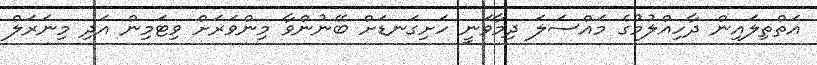
އަތްތިލައިން ދާހިއްލުމުގެ މައްސަލަ ދިމާވަނީ ހަށިގަނޑަށް ބޭނުންވާ މިންވަރަށް ވިޓަމިން އަދި މިނަރަލް